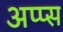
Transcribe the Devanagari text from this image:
अप्प्स